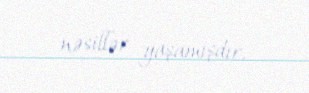
nəsillər yaşamışdır.